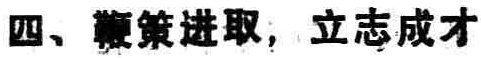
四、鞭策进取，立志成才